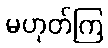
မဟုတ်ကြ